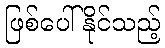
ဖြစ်ပေါ်နိုင်သည့်